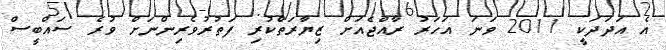
އެ އަދަދަކީ 2011 ވަނަ އަހަރު ރާއްޖެއަށް ޒިޔާރަތްކުރި ފަތުރުވެރިންނަށް ވުރެ ސައްބީސް